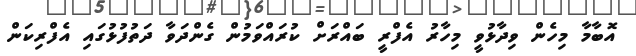
އޮބާމާ މިހެން ވިދާޅުވީ މިހާރު އެފްރީ ބައްރަށް ކުރައްވަމުން ގެންދަވާ ދަތުފުޅުގައި އެފްރިކަން